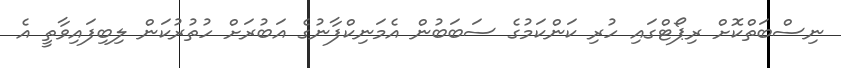
ނިސްބަތްކޮށް ރިޕޯޓްގައި ހުރި ކަންކަމުގެ ސަބަބުން އެމަނިކްފާނުގެ އަބުރަށް ހުތުރުކަން ލިބިފަައިވާތީ އެ